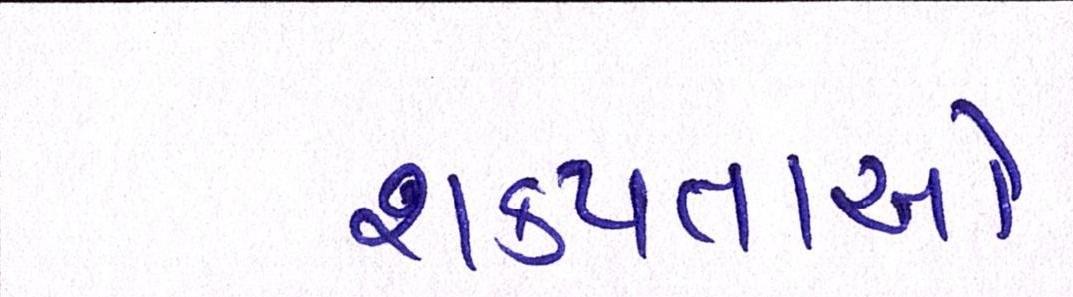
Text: શક્યતાએ